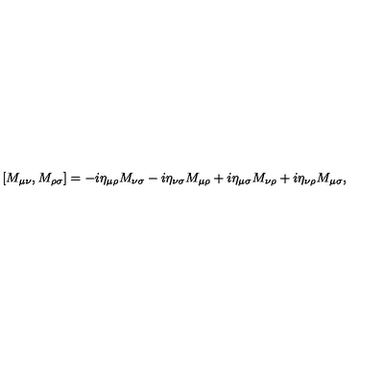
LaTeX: \protect [ M _ { \mu \nu } , M _ { \rho \sigma } ] = - i \eta _ { \mu \rho } M _ { \nu \sigma } - i \eta _ { \nu \sigma } M _ { \mu \rho } + i \eta _ { \mu \sigma } M _ { \nu \rho } + i \eta _ { \nu \rho } M _ { \mu \sigma } ,